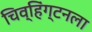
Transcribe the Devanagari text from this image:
चिव्हिंग्टनला